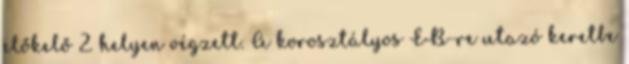
előkelő 2. helyen végzett. A korosztályos EB-re utazó keretbe